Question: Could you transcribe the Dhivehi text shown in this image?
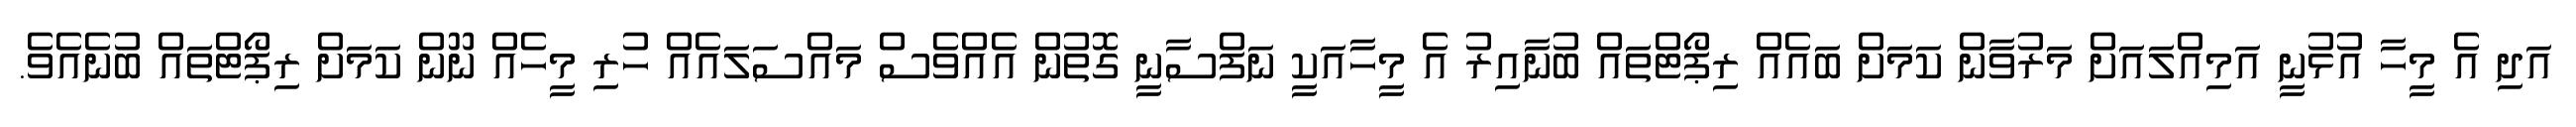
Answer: އަދި އެ މީހާ އުޅުނީ އަމިއްލައަށް މަރުވާން ކަމަށް ބައެއް ރިޕޯޓްތައް ބުނާއިރު އެ މީހާއަކީ ނަފްސާނީ ގޮތުން އެއްވެސް މައްސަލައެއް ހުރި މީހެއް ނޫން ކަމަށް ރިޕޯޓްތައް ބުނެއެވެ.